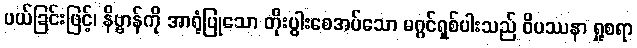
ပယ်ခြင်းဖြင့်၊ နိဗ္ဗာန်ကို အာရုံပြုသော တိုးပွါးစေအပ်သော မဂ္ဂင်ရှစ်ပါးသည် ဝိပဿနာ ရှုစရာ